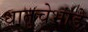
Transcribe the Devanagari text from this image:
धातुचेभांडे